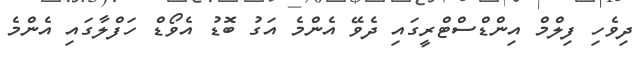
ދިވެހި ފިލްމް އިންޑްސްޓްރީގައި ދެވޭ އެންމެ އަގު ބޮޑު އެވޯޑް ހަފްލާގައި އެންމެ